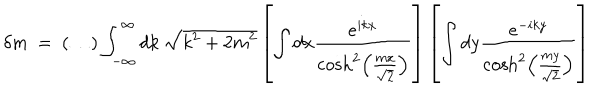
\delta m ~ = ~ ( \dots ) \int _ { - \infty } ^ { \infty } d k ~ \sqrt { k ^ { 2 } + 2 m ^ { 2 } } \left[ \int d x \frac { e ^ { i k x } } { \cosh ^ { 2 } \left( \frac { m x } { \sqrt { 2 } } \right) } \right] \left[ \int d y \frac { e ^ { - i k y } } { \cosh ^ { 2 } \left( \frac { m y } { \sqrt { 2 } } \right) } \right]